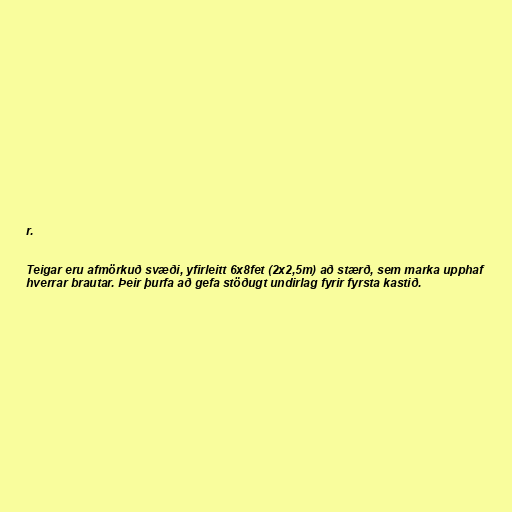
r.

Teigar eru afmörkuð svæði, yfirleitt 6x8fet (2x2,5m) að stærð, sem marka upphaf
hverrar brautar. Þeir þurfa að gefa stöðugt undirlag fyrir fyrsta kastið.